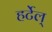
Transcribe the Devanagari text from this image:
हर्टेल्